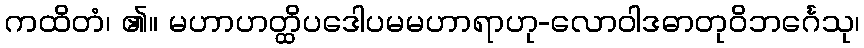
ကထိတံ၊ ၏။ မဟာဟတ္ထိပဒေါပမမဟာရာဟု-လောဝါဒဓာတုဝိဘင်္ဂေသု၊